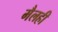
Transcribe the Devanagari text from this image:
मैलही